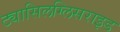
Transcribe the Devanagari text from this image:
ट्यासिलग्लिसराइड